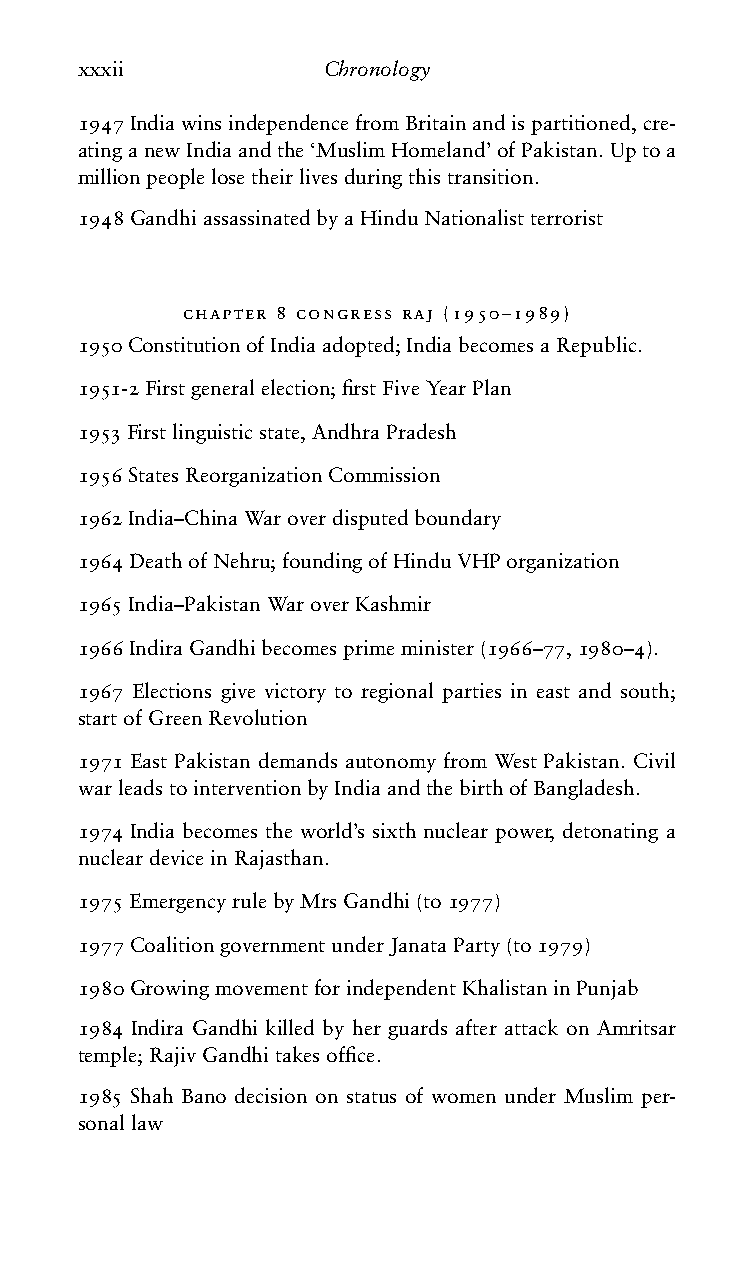
xxxii           Chronology
 1947IndiawinsindependencefromBritainandispartitioned,cre-
 atinganewIndiaandthe‘MuslimHomeland’ofPakistan.Uptoa
 millionpeoplelosetheirlivesduringthistransition.
 1948GandhiassassinatedbyaHinduNationalistterrorist
 chapter 8 congress raj (1950–1989)
 1950ConstitutionofIndiaadopted;IndiabecomesaRepublic.
 1951-2Firstgeneralelection;firstFiveYearPlan
 1953Firstlinguisticstate,AndhraPradesh
 1956StatesReorganizationCommission
 1962India–ChinaWaroverdisputedboundary
 1964DeathofNehru;foundingofHinduVHPorganization
 1965India–PakistanWaroverKashmir
 1966IndiraGandhibecomesprimeminister(1966–77,1980–4).
 1967 Elections give victory to regional parties in east and south;
 startofGreenRevolution
 1971 East Pakistan demands autonomy from West Pakistan. Civil
 warleadstointerventionbyIndiaandthebirthofBangladesh.
 1974 India becomes the world’s sixth nuclear power, detonating a
 nucleardeviceinRajasthan.
 1975EmergencyrulebyMrsGandhi(to1977)
 1977CoalitiongovernmentunderJanataParty(to1979)
 1980GrowingmovementforindependentKhalistaninPunjab
 1984 Indira Gandhi killed by her guards after attack on Amritsar
 temple;RajivGandhitakesoffice.
 1985 Shah Bano decision on status of women under Muslim per-
 sonallaw